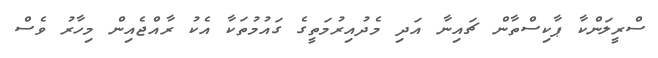
ސްރީލަންކާ ޕާކިސްތާން ޗައިނާ އަދި މެދުއިރުމަތީގެ ގައުމުތަކާ އެކު ރާއްޖެއިން މިހާރު ވެސް